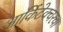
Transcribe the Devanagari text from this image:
आर्किटेक्चरचा